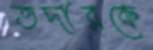
তদারকে